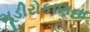
મૂડીરોકાણના